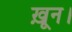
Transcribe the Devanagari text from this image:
ख़ून।